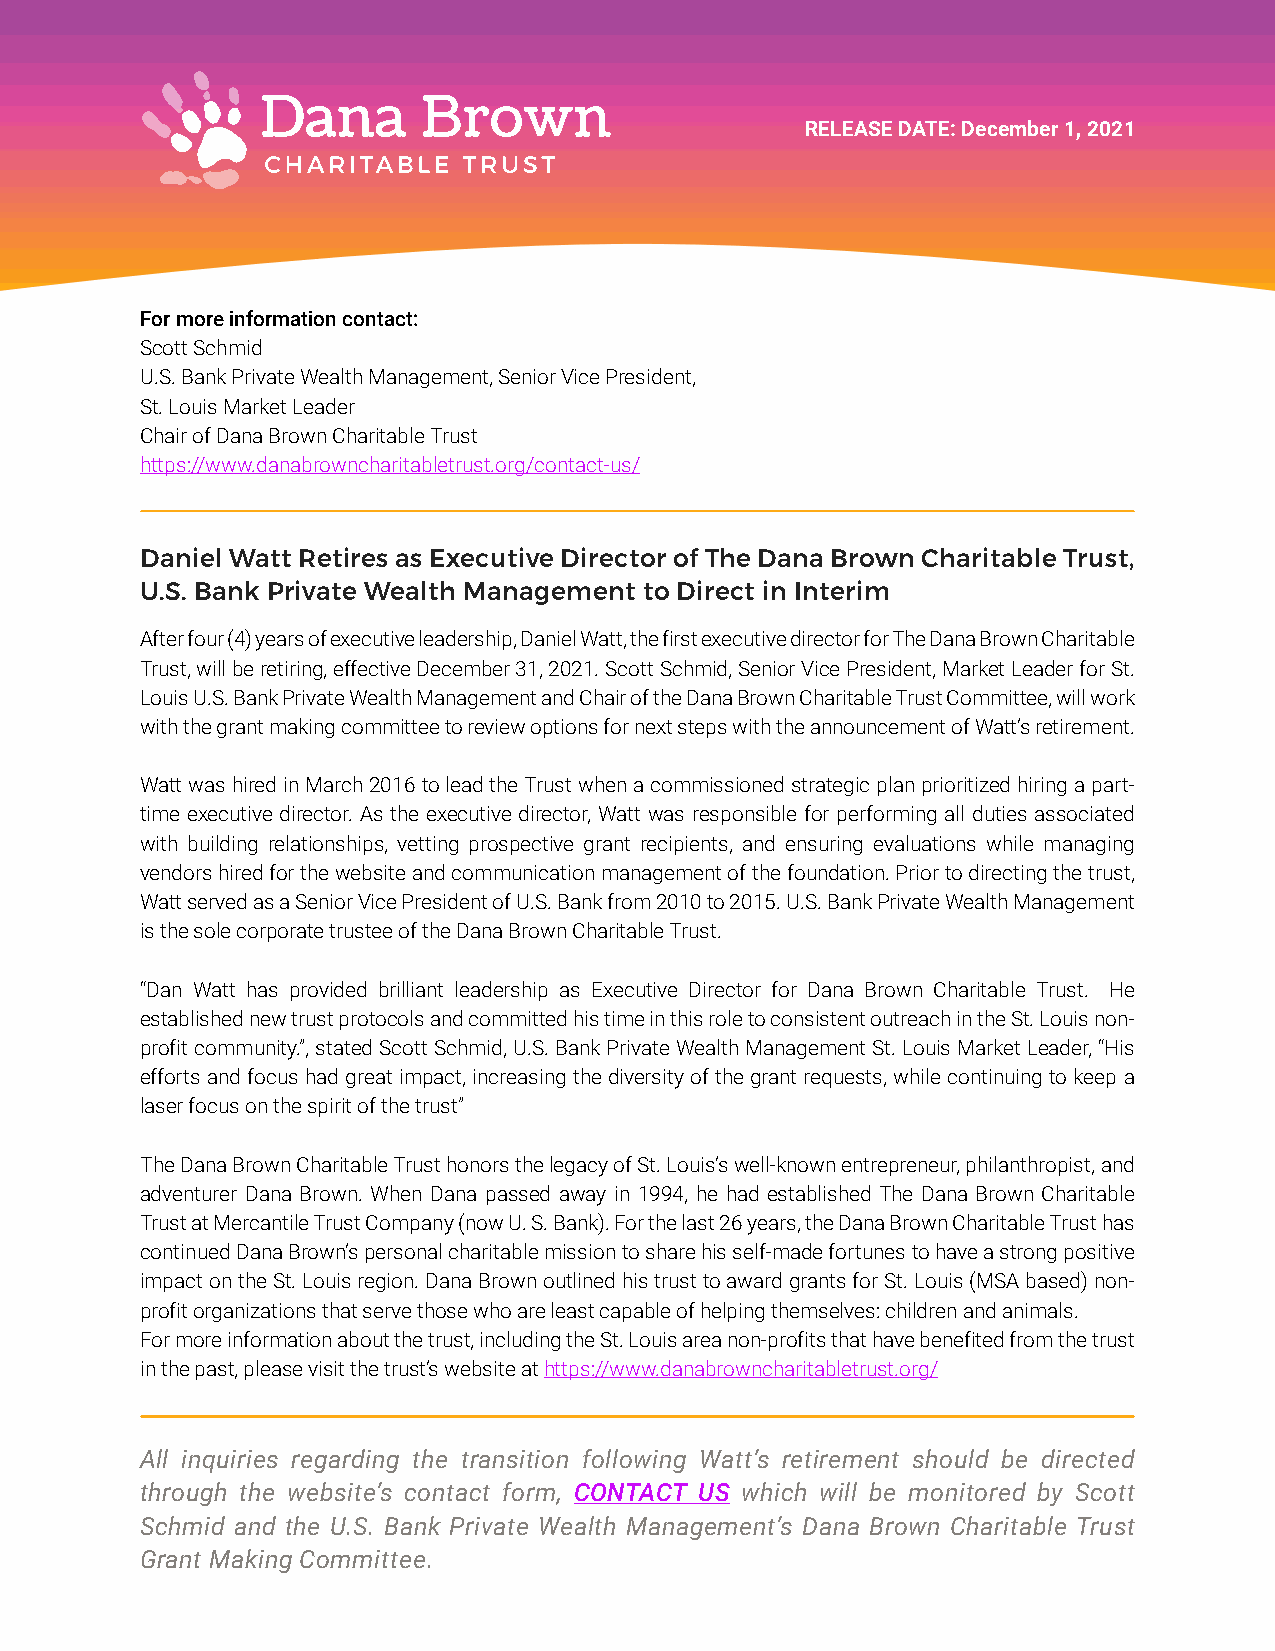
RELEASE DATE: December 1, 2021
 For more information contact:
 Scott Schmid
 U.S. Bank Private Wealth Management, Senior Vice President,
 St. Louis Market Leader
 Chair of Dana Brown Charitable Trust
 https://www.danabrowncharitabletrust.org/contact-us/
 Daniel Watt Retires as Executive Director of The Dana Brown Charitable Trust,
 U.S. Bank Private Wealth Management to Direct in Interim
 After four (4) years of executive leadership, Daniel Watt, the first executive director for The Dana Brown Charitable
 Trust, will be retiring, effective December 31, 2021. Scott Schmid, Senior Vice President, Market Leader for St.
 Louis U.S. Bank Private Wealth Management and Chair of the Dana Brown Charitable Trust Committee, will work
 with the grant making committee to review options for next steps with the announcement of Watt’s retirement.
 Watt was hired in March 2016 to lead the Trust when a commissioned strategic plan prioritized hiring a part-
 time executive director. As the executive director, Watt was responsible for performing all duties associated
 with building relationships, vetting prospective grant recipients, and ensuring evaluations while managing
 vendors hired for the website and communication management of the foundation. Prior to directing the trust,
 Watt served as a Senior Vice President of U.S. Bank from 2010 to 2015. U.S. Bank Private Wealth Management
 is the sole corporate trustee of the Dana Brown Charitable Trust.
 “Dan Watt has provided brilliant leadership as Executive Director for Dana Brown Charitable Trust. He
 established new trust protocols and committed his time in this role to consistent outreach in the St. Louis non-
 profit community.”, stated Scott Schmid, U.S. Bank Private Wealth Management St. Louis Market Leader, “His
 efforts and focus had great impact, increasing the diversity of the grant requests, while continuing to keep a
 laser focus on the spirit of the trust”
 The Dana Brown Charitable Trust honors the legacy of St. Louis’s well-known entrepreneur, philanthropist, and
 adventurer Dana Brown. When Dana passed away in 1994, he had established The Dana Brown Charitable
 Trust at Mercantile Trust Company (now U. S. Bank). For the last 26 years, the Dana Brown Charitable Trust has
 continued Dana Brown’s personal charitable mission to share his self-made fortunes to have a strong positive
 impact on the St. Louis region. Dana Brown outlined his trust to award grants for St. Louis (MSA based) non-
 profit organizations that serve those who are least capable of helping themselves: children and animals.
 For more information about the trust, including the St. Louis area non-profits that have benefited from the trust
 in the past, please visit the trust’s website at https://www.danabrowncharitabletrust.org/
 All inquiries regarding the transition following Watt’s retirement should be directed
 through the website’s contact form, CONTACT US which will be monitored by Scott
 Schmid and the U.S. Bank Private Wealth Management’s Dana Brown Charitable Trust
 Grant Making Committee.